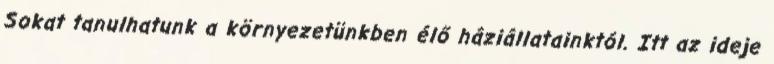
Sokat tanulhatunk a környezetünkben élő háziállatainktól. Itt az ideje